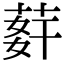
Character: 䓸